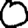
Digit: 0